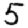
Digit: 5